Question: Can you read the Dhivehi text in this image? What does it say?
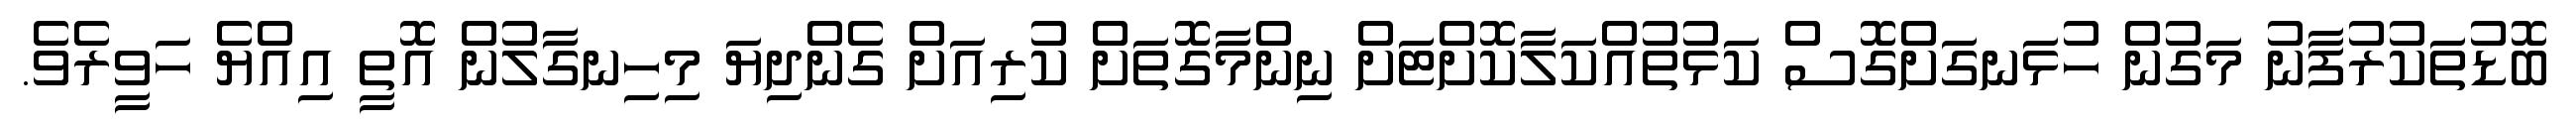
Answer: ބޮޑުތަކުރުފާނު މަގުން ހުޅަނގަށްގޮސް ކަޅުތުއްކަލާކޮށްޓަށް ނިންމާގޮތަށް ކުރިއަށް ގެންދިޔަ މިހިނގާލުން އޮތީ އިއްޔެ ހަވީރެވެ.